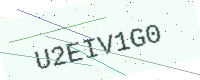
Text: U2EIV1G0